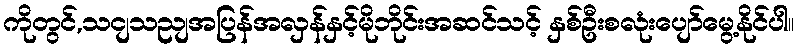
ကိုတွင်,သငျသညျအပြန်အလှန်နှင့်မိုဘိုင်းအဆင်သင့် နှစ်ဦးစလုံးပျော်မွေ့နိုင်ပါ။